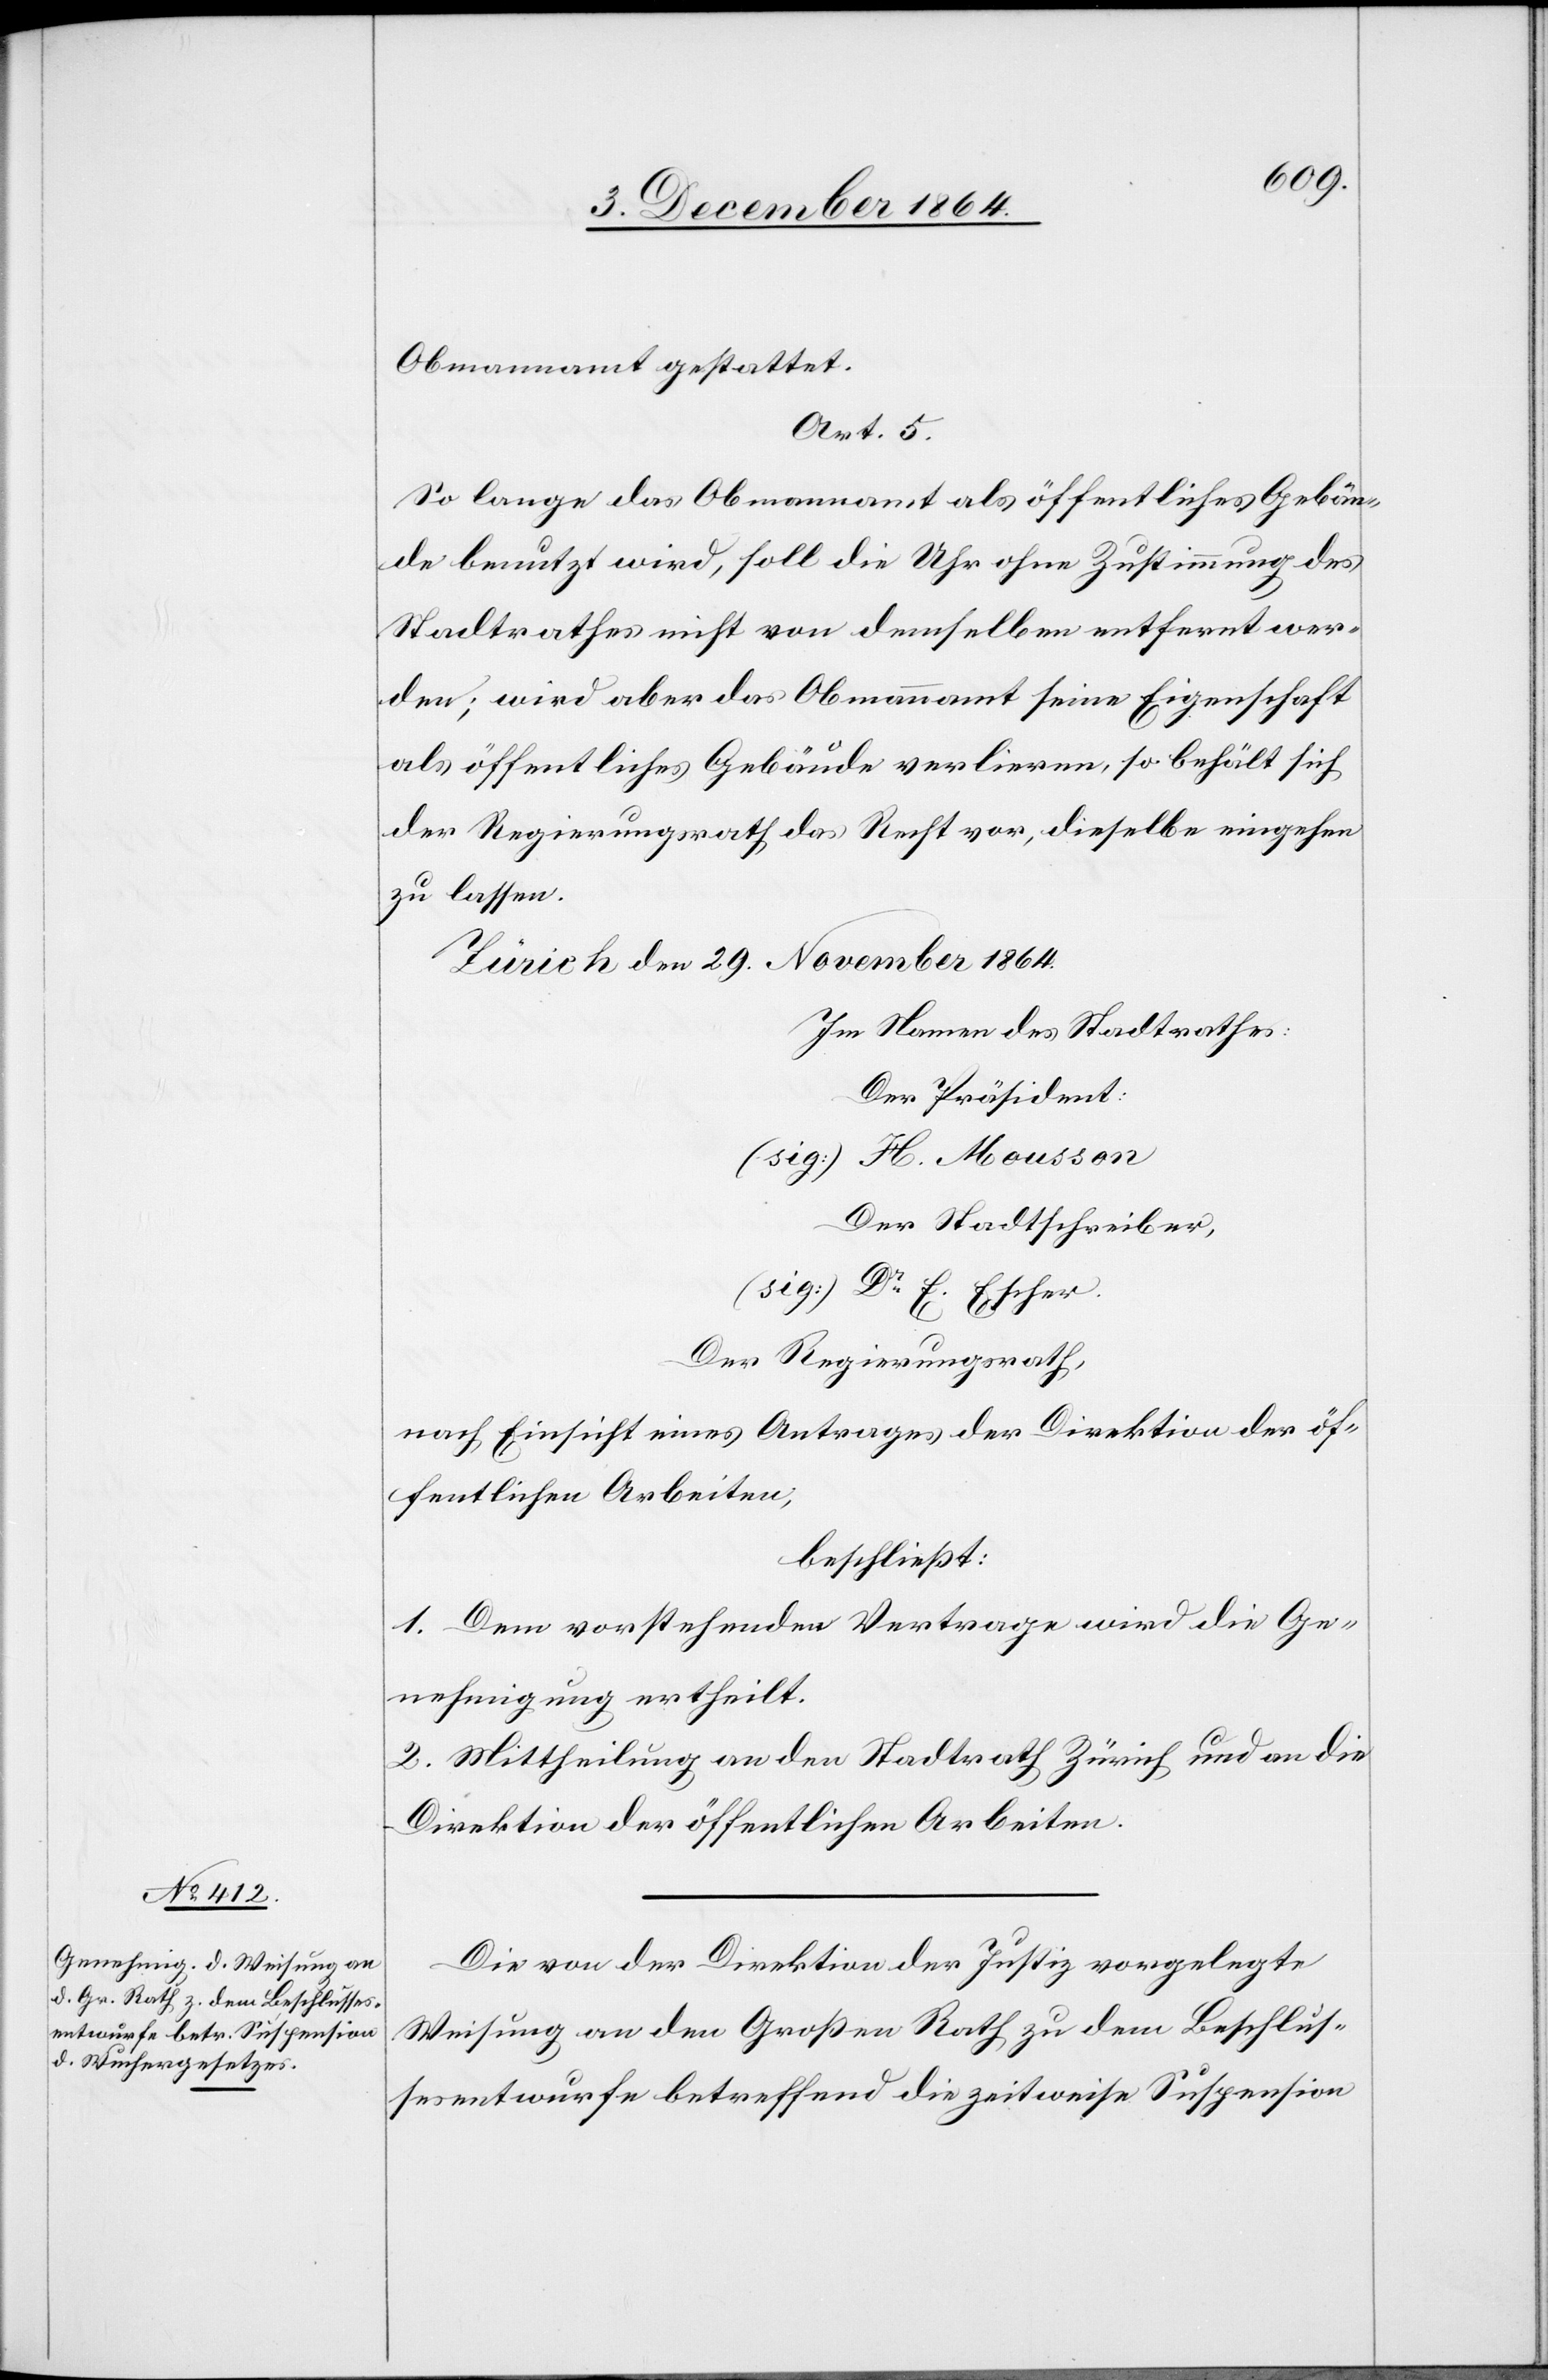
Obmannamt gestattet.
Art. 5.
So lange das Obmannamt als öffentliches Gebäu¬
de benutzt wird, soll die Uhr ohne Zustimmung des
Stadtrathes nicht von demselben entfernt wer¬
den; wird aber das Obmannamt seine Eigenschaft
als öffentliches Gebäude verlieren, so behält sich
der Regierungsrath das Recht vor, dieselbe eingehen
zu lassen.
Zürich den 29. November 1864
Im Namen des Stadtrathes:
Der Präsident:
(sig:) H. Mousson
Der Stadtschreiber,
(sig:) Dr E. Escher.
Der Regierungsrath,
nach Einsicht eines Antrages der Direktion der öf¬
fentlichen Arbeiten,
beschließt:
1. Dem vorstehenden Vertrage wird die Ge¬
nehmigung ertheilt.
2. Mittheilung an den Stadtrath Zürich und an die
Direktion der öffentlichen Arbeiten.
Die von der Direktion der Justiz vorgelegte
Weisung an den Großen Rath zu dem Beschlus¬
sesentwurfe betreffend die zeitweise Suspension